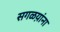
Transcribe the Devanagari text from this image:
सगळय़ांना